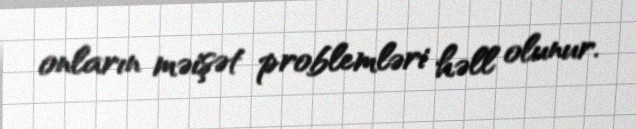
onların məişət problemləri həll olunur.